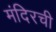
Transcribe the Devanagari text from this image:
मंदिरची